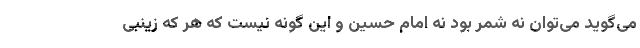
می‌گوید می‌توان نه شمر بود نه امام حسین و این گونه نیست که هر که زینبی